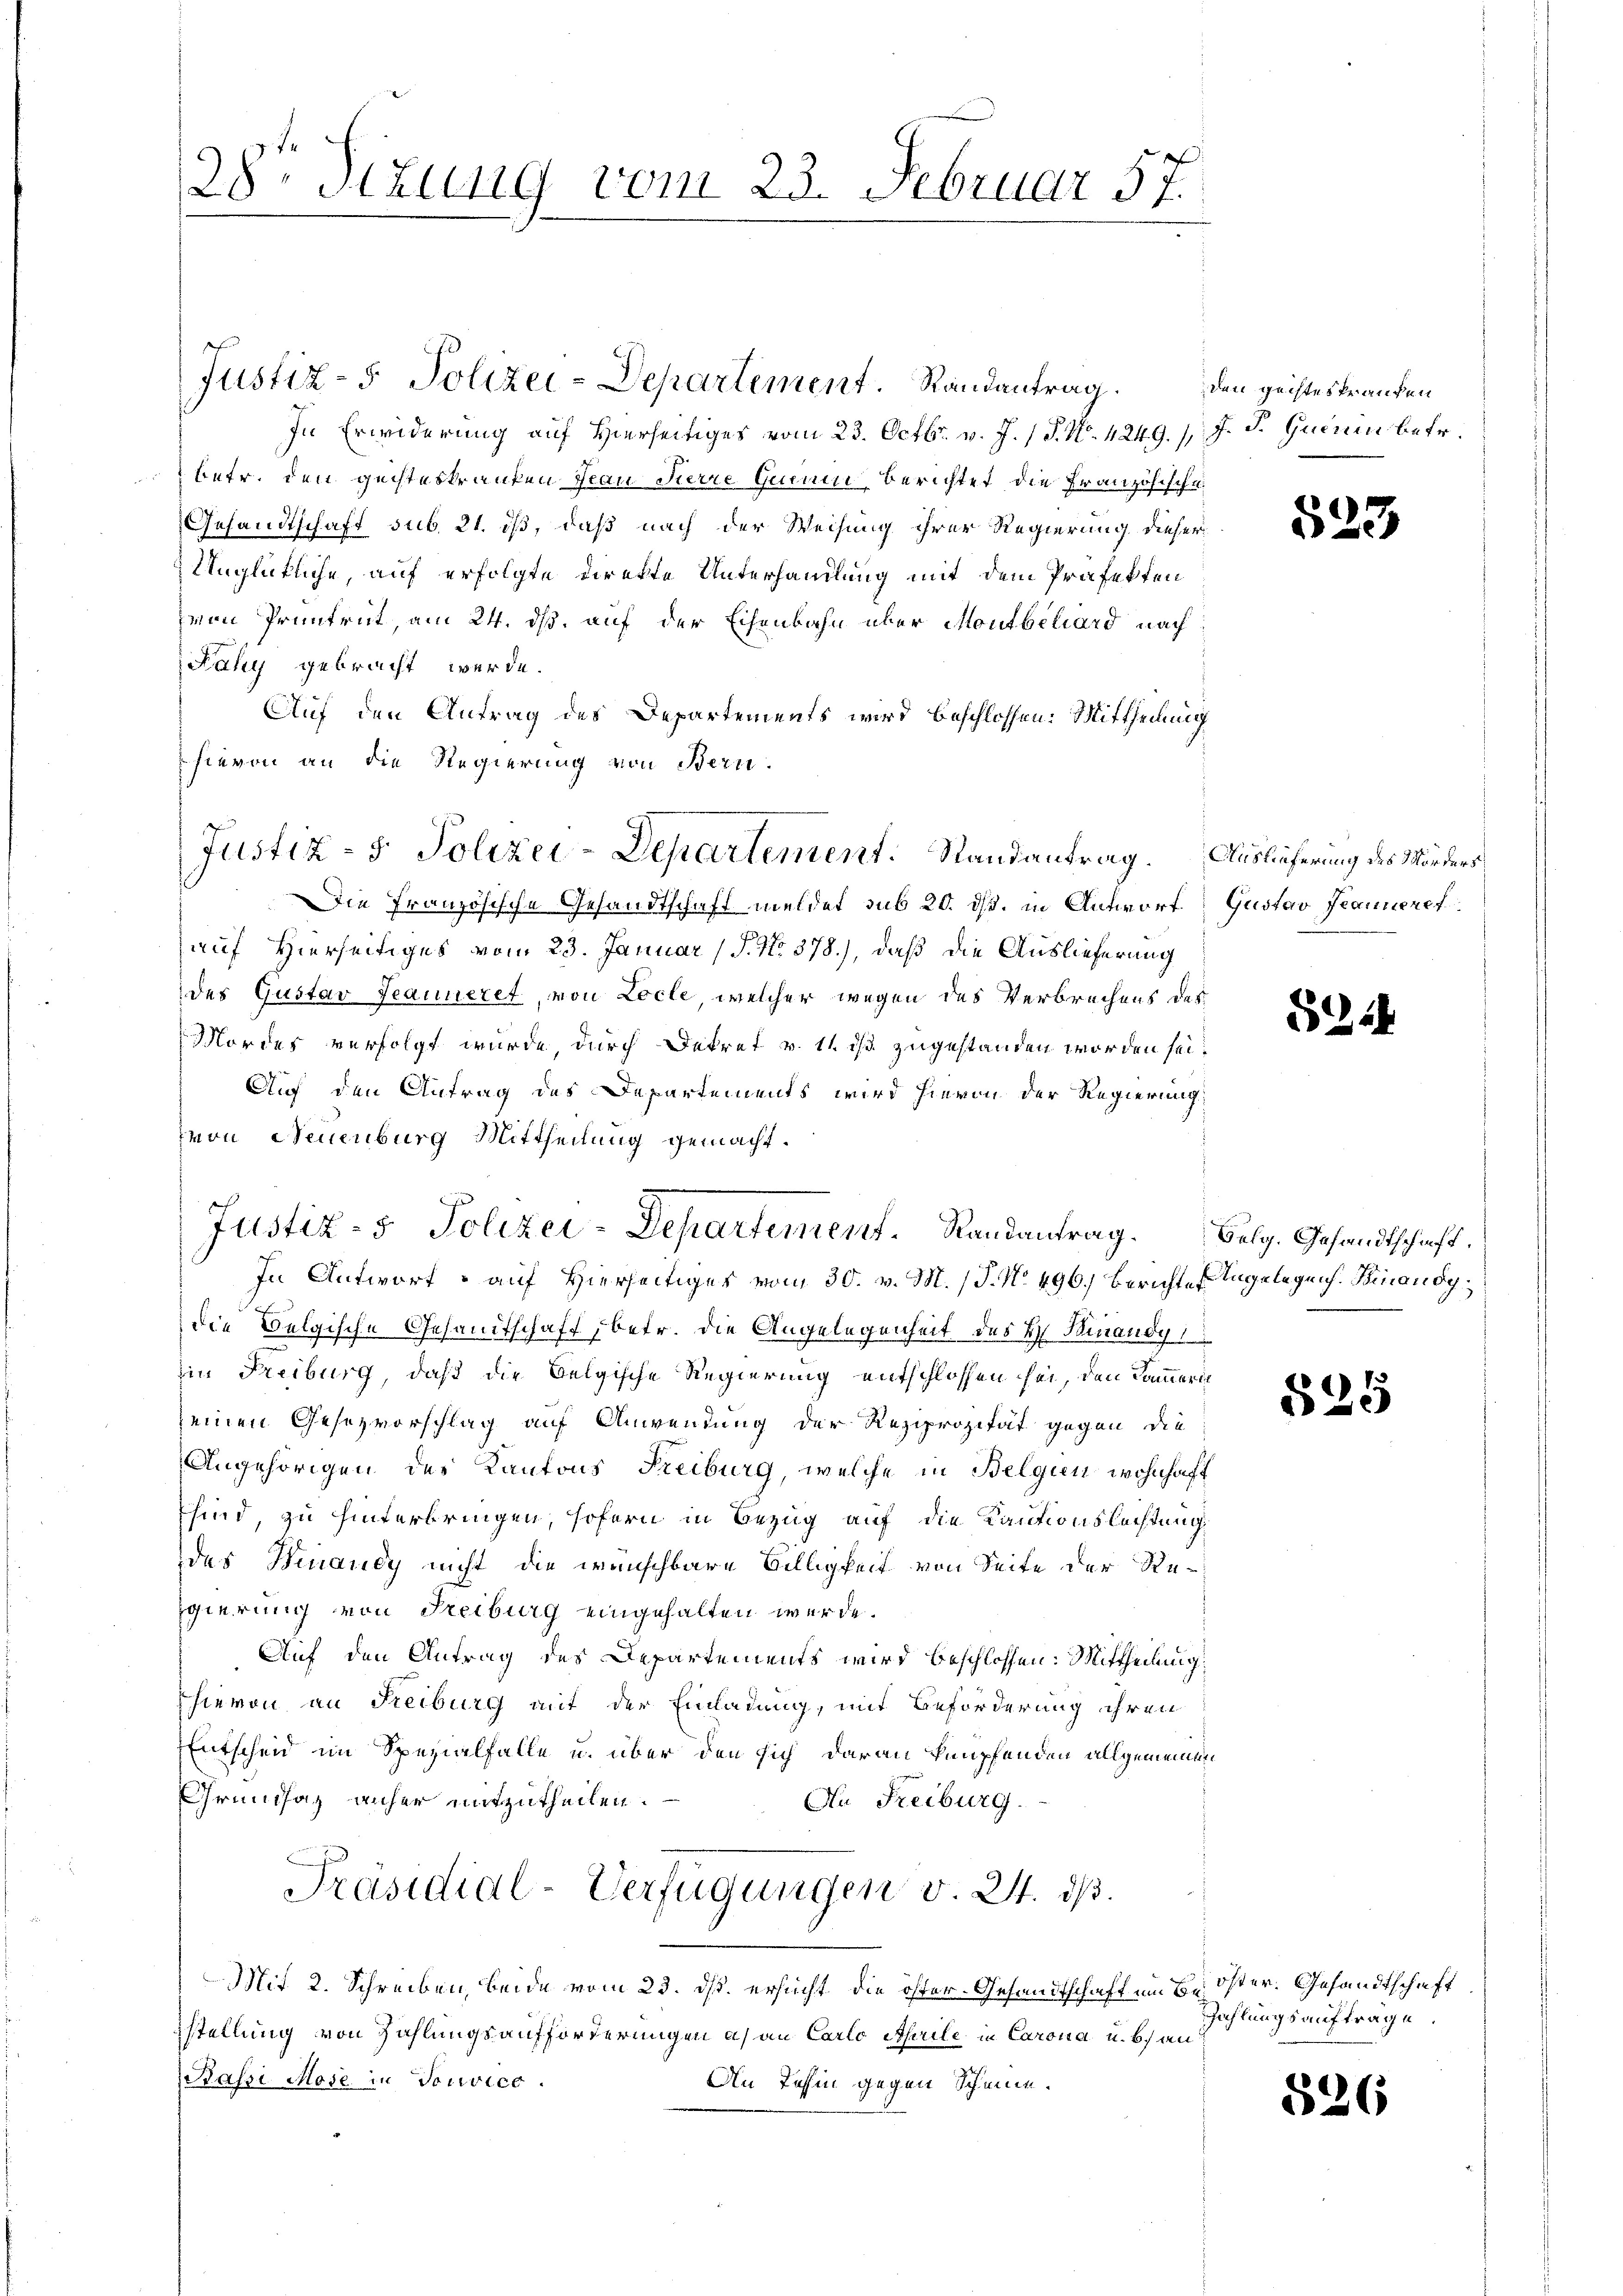
In Erwiderung auf Hierseitiges vom 23. Octbr. v. J. / P. N. 424.9.) J. J. Guinen betr.
betr. den gechsteskranken Frau Pierre Quem Berichtet die Französische
Gesandtschaft sub. 21. iß, daß nach der Weisung ihrer Regierung dieser
Unglückliche, auf erfolgte Direkte Unterhandlung mit dem Präfekten
von Pruntrut, am 24. ds. auf der Eisenbahn über Montbehard nach
Fahy gebracht werde.
Auf den Antrag des Departements wird beschlossen: Mittheilung
hievon an die Regierung von Bern.
Die Französische Gesandtschaft meldet sub 20. dß. in Antwort
auf Hierseitiges vom 23. Januar (S. No 878.), daß die Auslieferung
des Gustav Jeanneret, von Locle, welcher wegen des Verbrechens des
Mordes verfolgt wurde, durch Dekret v. 11. ist zugestanden worden sei.
Auf den Antrag des Departements wird hievon der Regierung
von Neuenburg Mittheilung gemacht.
In Antwort - auf Hierseitiges vom 30. v. M. (T. No 496.) Berichte Angelegen. Binausg
die Belgische Gesandtschaft betr. die Angelegenheit des H. Finandy 1
zin Freiburg, daß die Belgische Regierung entschlossen sei, den Kammerin
seinen Gesetzvorschlag auf Anwendung der Reziprozität gegen die
Angehörigen des Kantons Freiburg, welche in Belgien wohnhaft
Esind, zu hinterbringen, sofern in Bezug auf die Kautionslachtung
des Hinaudy nicht die wünschbare Billigkeit von Seite der Re-
gierung von Freiburg eingehalten werde.
Auf den Antrag des Departements wird beschlossen: Mittheilung
hievon an Freiburg mit der Einladung, mit Beförderung ihren
Entschen im Spezialfalle u. über den sich daran knüpfenden allgemeinen
Grundhag anher mitzutheilen.
Au Freiburg.
Präsidial-Verfügungen v. 24. ds.
Mit 2. Schreiben, beide vom 23. ds. ersucht die öster- Gesandtschaft im Be öster. Gesandtschaft
stellung von Zahlungsaufforderungen a) an Carlo Aprile, in Carona u. b) an
Passi Mose in Vorvice
An dahin gegen Scheine.

28 Sizung vom 23. Februar 57.

Justiz- & Polizei-Departement. Randantrag.

Justiz- & Polizei-Departement. Randantrag.

Justiz- & Polizei-Departement Randantrag.

den geisteskranken

523

Auslieferung des Morders
Gustav Jeanneref

534

Selg. Gesandtschaft.

§25

Zahlungsauftrage.

526